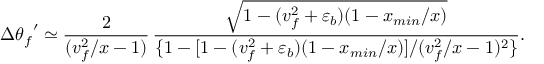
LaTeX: \Delta { \theta _ { f } } ^ { \prime } \simeq \frac { 2 } { ( v _ { f } ^ { 2 } / x - 1 ) } \, \frac { \sqrt { 1 - ( v _ { f } ^ { 2 } + \varepsilon _ { b } ) ( 1 - x _ { m i n } / x ) } } { \{ 1 - [ 1 - ( v _ { f } ^ { 2 } + \varepsilon _ { b } ) ( 1 - x _ { m i n } / x ) ] / ( v _ { f } ^ { 2 } / x - 1 ) ^ { 2 } \} } .